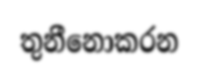
තුනීනොකරන